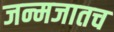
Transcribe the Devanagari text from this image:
जन्मजातच